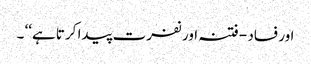
اور فساد - فتنہ اور نفرت پیدا کرتا ہے‘‘ ۔